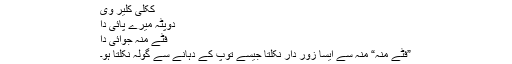
ککلی کلیر وی
دوپٹہ میرے پائی دا
فٹے منہ جوائی دا
”فٹے منہ“ منہ سے ایسا زور دار نکلتا جیسے توپ کے دہانے سے گولہ نکلتا ہو۔